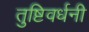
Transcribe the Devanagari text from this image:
तुष्टिवर्धनी